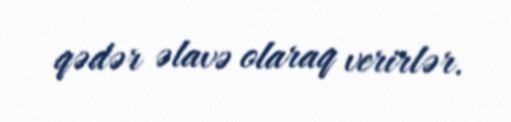
qədər əlavə olaraq verirlər.